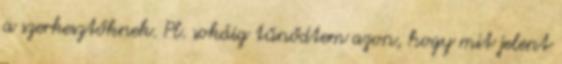
a szerkesztőknek. Pl. sokáig tűnődtem azon, hogy mit jelent